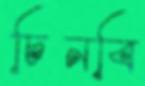
চিনবি